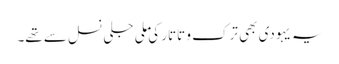
یہ یہودی بھی ترک و تاتار کی ملی جلی نسل سے تھے۔